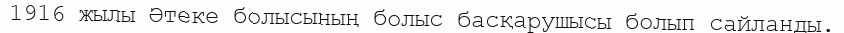
1916 жылы Әтеке болысының болыс басқарушысы болып сайланды.